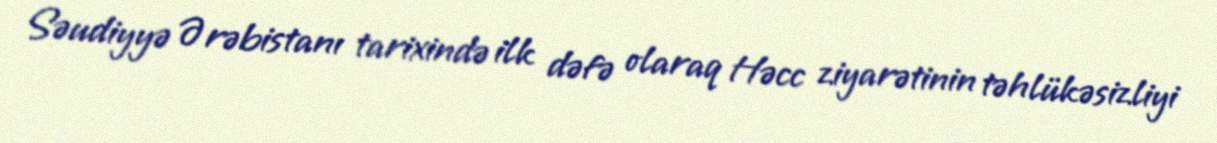
Səudiyyə Ərəbistanı tarixində ilk dəfə olaraq Həcc ziyarətinin təhlükəsizliyi